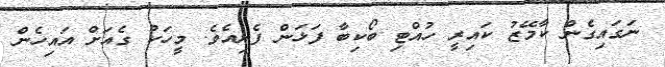
ނަގައިގެން ކާމޭޒު ކައިރީ ހުއްޓި ބޯކިބާ ފަޅަން ފެށިއެވެ. މީހަކު ގެއަށް އައިހެން